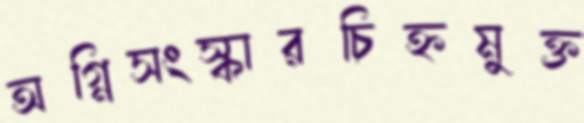
অগ্নিসংস্কারচিহ্নমুক্ত